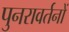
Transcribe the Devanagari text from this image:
पुनरावर्तनों